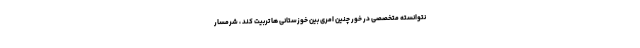
نتوانسته متخصصی در خور چنین امری بین خوزستانی ها تربیت کند ، شرمسار